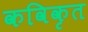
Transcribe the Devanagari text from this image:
कविकृत